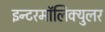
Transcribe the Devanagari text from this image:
इन्टरमॉलिक्युलर